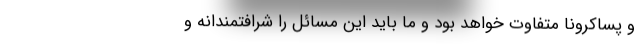
و پساکرونا متفاوت خواهد بود و ما باید این مسائل را شرافتمندانه و